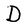
Character: D